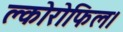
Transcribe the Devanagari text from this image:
क्लोरोफिल।